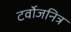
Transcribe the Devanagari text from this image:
टर्वोजनित्र